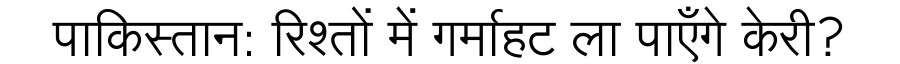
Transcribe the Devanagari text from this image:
पाकिस्तान: रिश्तों में गर्माहट ला पाएँगे केरी?